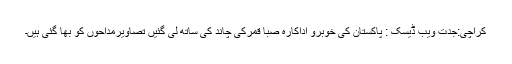
کراچی:جدت ویب ڈیسک : پاکستان کی خوبرو اداکارہ صبا قمرکی چاند کی ساتھ لی گئیں تصاویرمداحوں کو بھا گئی ہیں۔